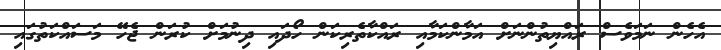
އެހެން ނަމަވެސް ރައްޔިތުންނަށް އަމާންކަމާއި ރައްކާތެރިކަން ހޯދައި ދިނުމަށް ކުރަން ޖެހޭ މަސައްކަތުގައި